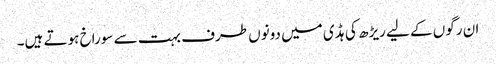
ان رگوں کے لیے ریڑھ کی ہڈی میں دونوں طرف بہت سے سوراخ ہوتے ہیں۔